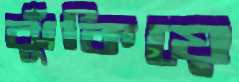
ঝুঁকিয়ে